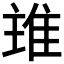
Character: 𨾨